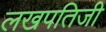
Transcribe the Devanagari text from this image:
लखपतिजी